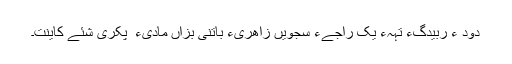
دود ء ُربیدگءِ تہہءَ یک راجےءِ سَجّویں زاھِریء ُباتِنی بزاں مادیء ُ پِکری شئے کاینت۔